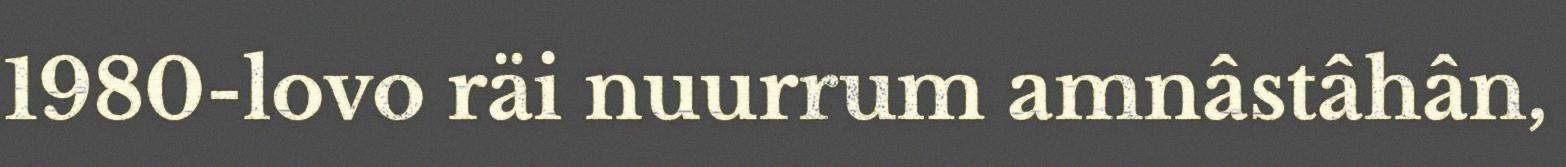
1980-lovo räi nuurrum amnâstâhân,